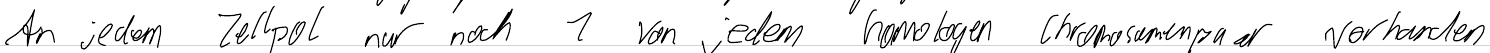
An jedem Zellpol nur noch 1 von jedem homologen Chromosomenpaar vorhanden